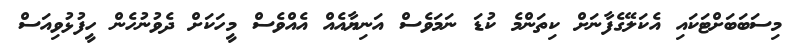
މިސަބަބަށްޓަކައި އެކަލޭގެފާނަށް ކިތަންމެ ކުޑަ ނަމަވެސް އަނިޔާއެއް އެއްވެސް މީހަކަށް ދެވުނުހެން ހީފުޅުވިއަސް